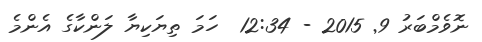
ނޮވެމްބަރު 9